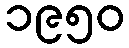
၁၉၅၀